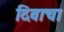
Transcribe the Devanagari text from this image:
दिवाचा